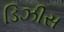
ડિઝીસ